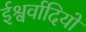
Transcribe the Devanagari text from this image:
ईश्वर्वादियों